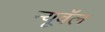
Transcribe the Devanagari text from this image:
न्यूवॅल